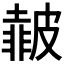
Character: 𱲆